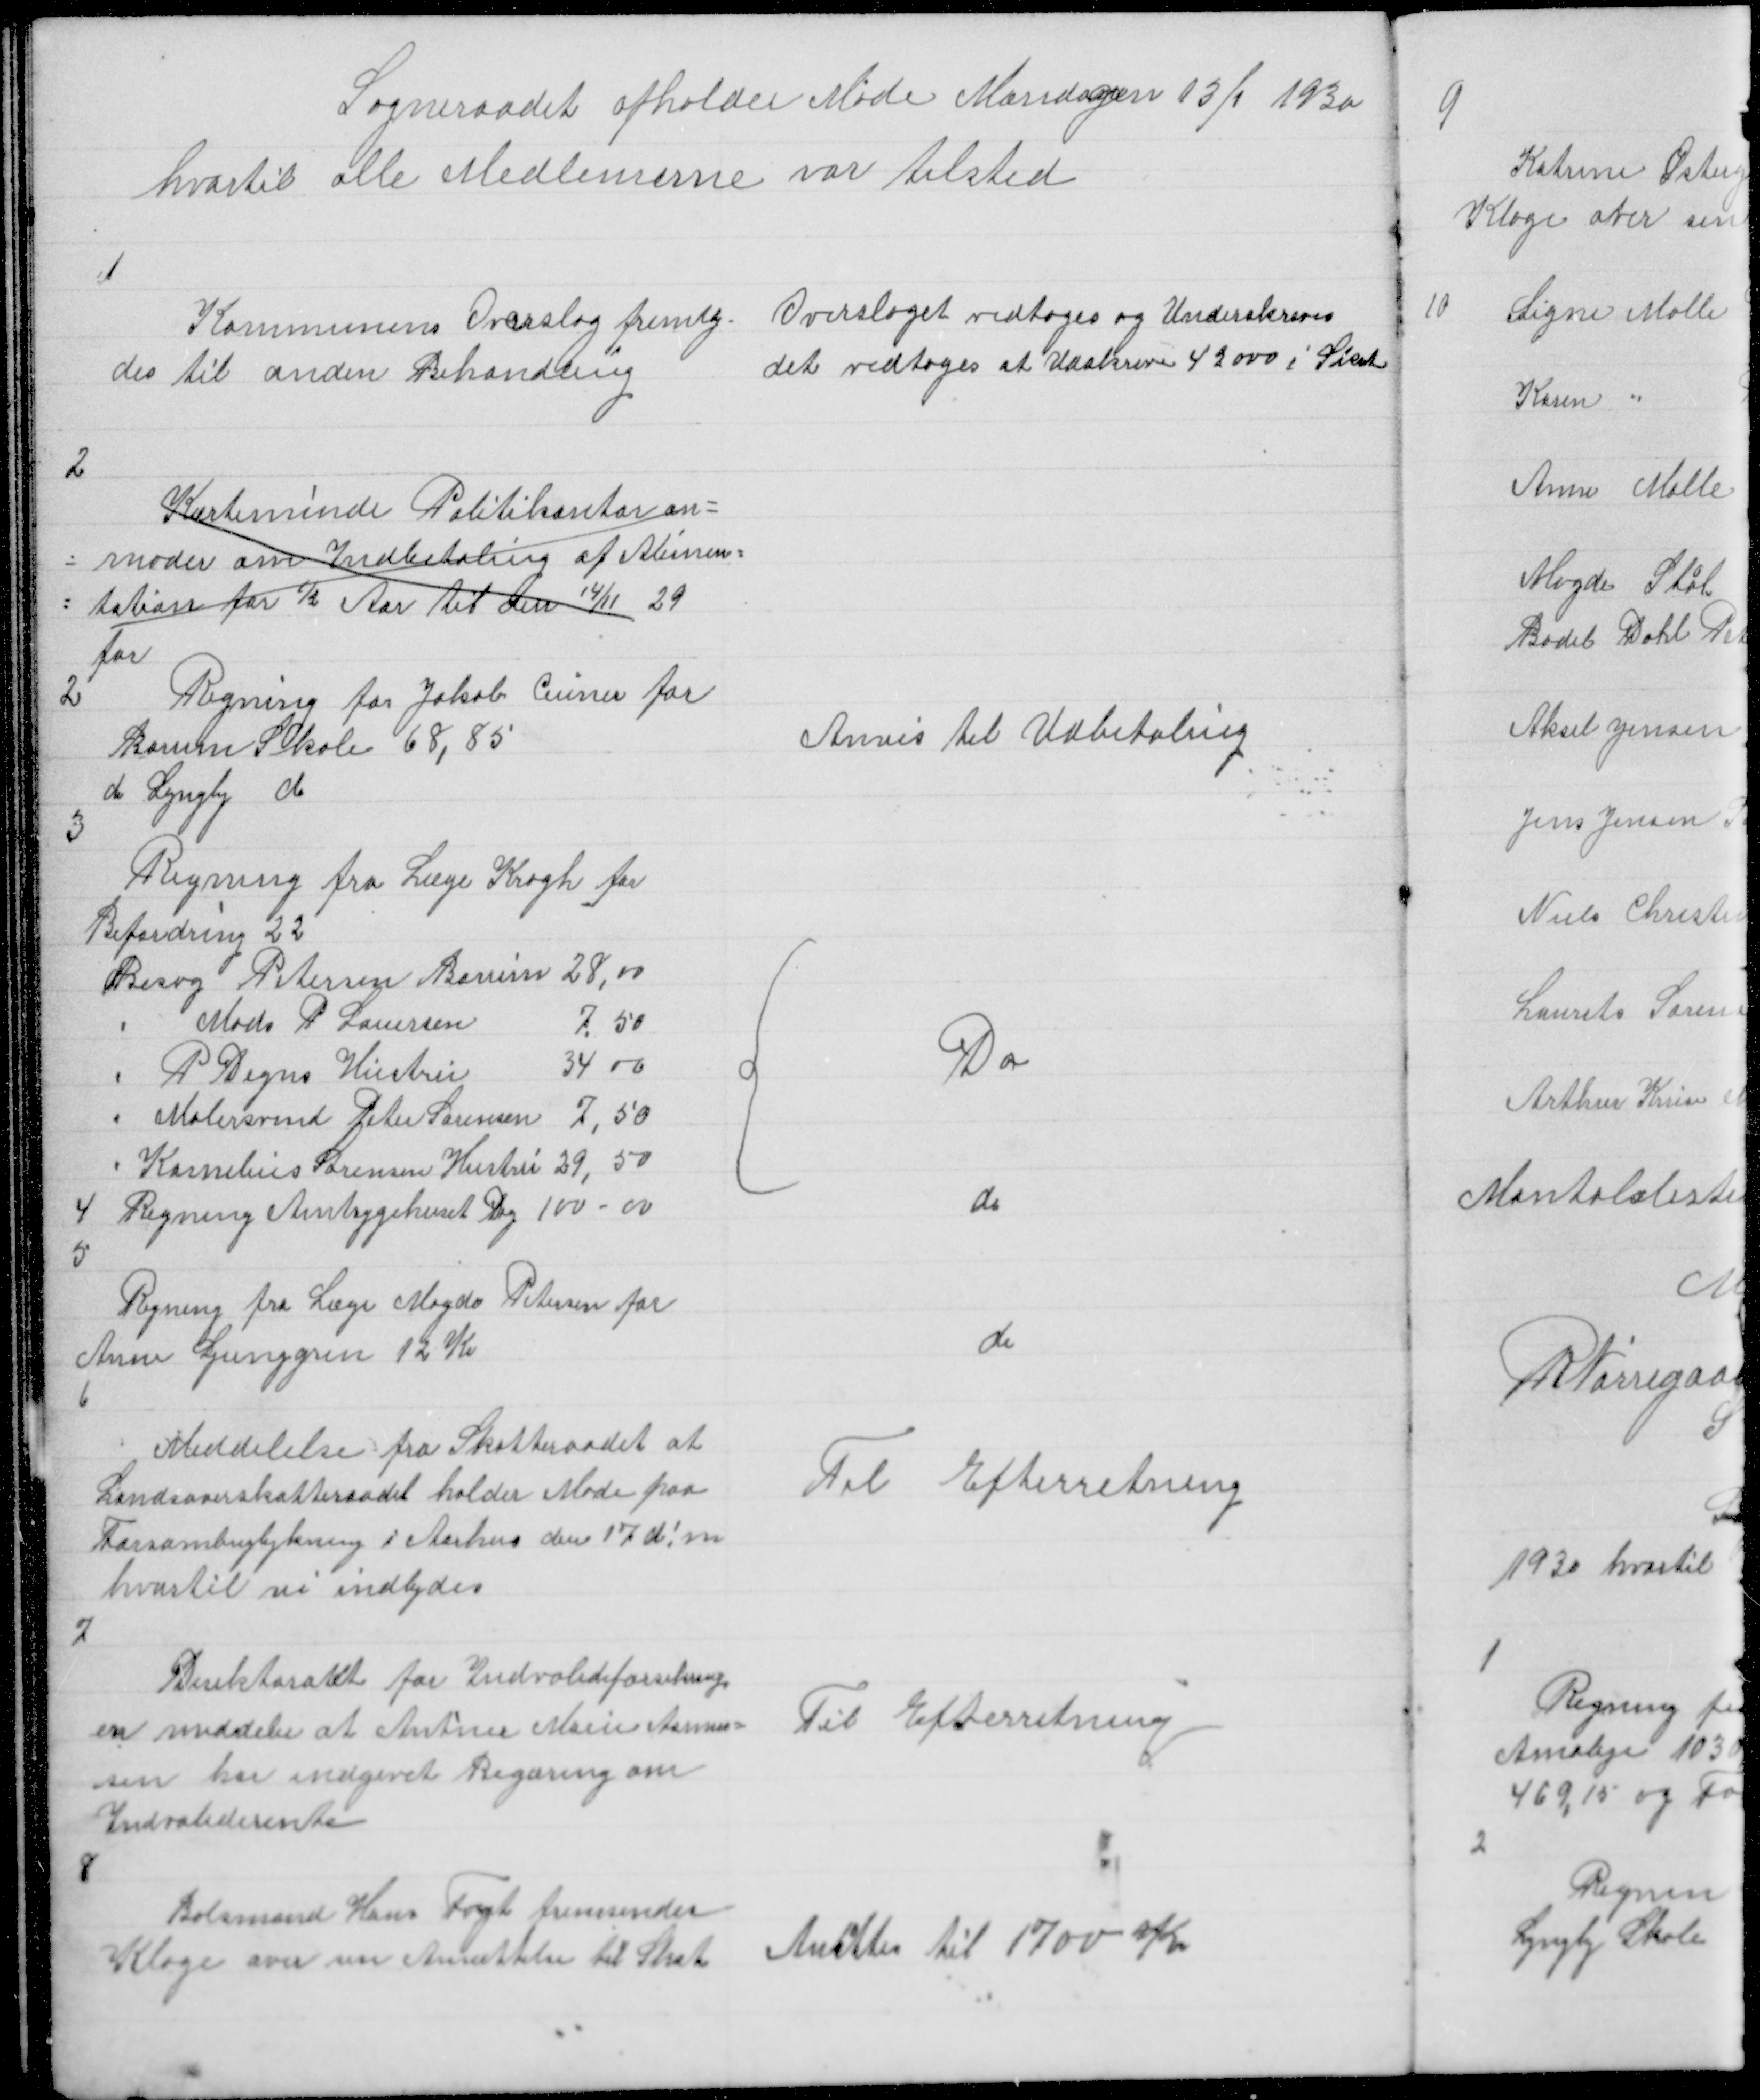
Transskription:
Sogneraadet afholder Møde Mandagen 13/1 1930
hvortil alle Medlemerne var tilsted

1

Kommunens Overslag fremlag =
des til anden Behandling

Overslaget vedtoges og Underskreves
det vedtoges at Udskrive 42000 i Skat

2
Kærteminde Politikontor an =
= moder om Indbetaling af Alimen =
= tation for ½ Aar til den 14/11 29
for
2
Regning for Jakob Ceuner for
Borum Skole 68;85

Anvis til Udbetaling

d Lyngby do
3
Regning fra Læge Krogh for
Befordring 22
Besøg Petersen Borum 28,00
"
Mads P Lauersen
7,50
" P Degns Hustru
34 00
" Malersvend Peter Sørensen 7,50
" Kornelius Sørensen Hustru 29,50
4 Regning Amtsygehuset 100 - 00
5

{

Do

do

Regning fra Læge Magda Petersen for
Anne Ljunggren 12 Kr
6

do

Meddelelse fra Skatteraadet at
Landsoverskatteraadet holder Møde paa
Forsamlingbykning i Aarhus den 17 d!m
hvortil vi indbydes

Til Efterretning

7

Direktoratet for Indvalideforsikring
en meddeler at Antine Marie Asmus =
sen har indgivet Begæring om
Indvaliderente

Til Efterretning

8

Bolsmand Hans Fogt fremsender
Klage over sin Ansættelse til Skat

Ansættes til 1700 Kr